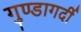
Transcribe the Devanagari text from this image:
गुण्डागर्दी